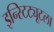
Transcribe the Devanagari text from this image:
इन्स्टिट्यूटला